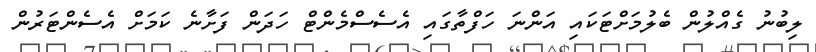
ލިބުނު ގެއްލުން ބެލުމަށްޓަކައި އަންނަ ހަފްތާގައި އެސެސްމެންޓް ހަދަން ފަށާނެ ކަމަށް އެސެންޓަރުން